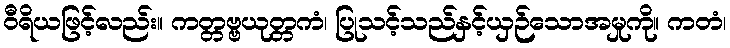
ဝီရိယဖြင့်လည်း။ ကတ္တဗ္ဗယုတ္တကံ၊ ပြုသင့်သည်နှင့်ယှဉ်သောအမှုကို။ ကတံ၊